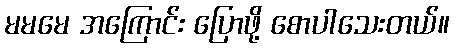
မမမေ အကြောင်း ပြောဖို့ စောပါသေးတယ်။